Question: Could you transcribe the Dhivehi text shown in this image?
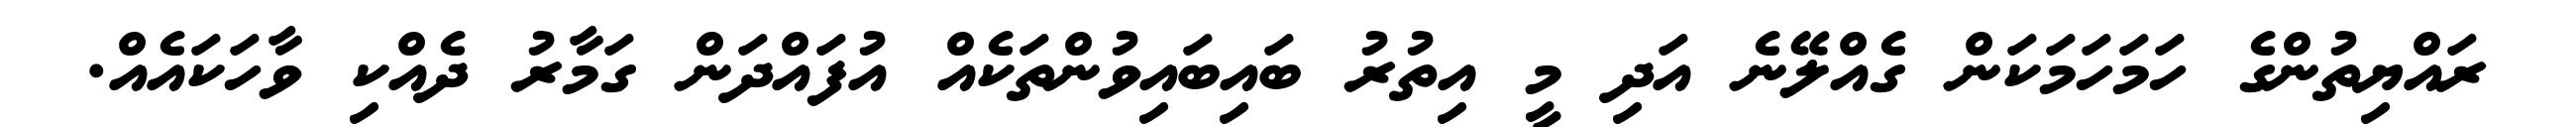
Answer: ރައްޔިތުންގެ ހަމަހަމަކަން ގެއްލޭނެ އަދި މީ އިތުރު ބައިބައިވުންތަކެއް އުފައްދަން ގަމާރު ދެއްކި ވާހަކައެއް.